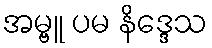
အမ္ဗူ ပမ နိဒ္ဒေသ